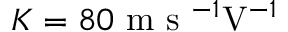
K = 8 0 \mathrm { ~ m ~ s ~ } ^ { - 1 } \mathrm { V } ^ { - 1 }